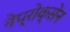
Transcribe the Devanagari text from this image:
नेप्रोक्सेन